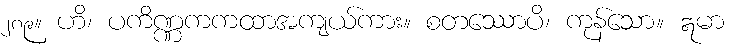
၂၈၉။ ဟိ၊ ပကိဏ္ဏကကထာအကျယ်ကား။ စတဿောပိ၊ ကုန်သော။ ဣမာ